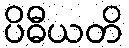
ပိဓီယတိ